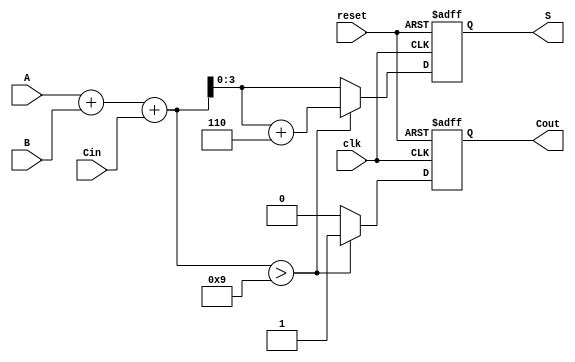
module BCD_Sequential_Adder (
    input wire clk,         // Clock input
    input wire reset,       // Reset input
    input wire [3:0] A,     // First BCD digit
    input wire [3:0] B,     // Second BCD digit
    input wire Cin,         // Carry-in
    output reg [3:0] S,     // BCD result
    output reg Cout         // Carry-out
);

    reg [4:0] sum;          // 5-bit sum to accommodate carry

    always @(posedge clk or posedge reset) begin
        if (reset) begin
            S <= 4'b0000;   // Reset BCD result
            Cout <= 1'b0;   // Reset carry-out
        end else begin
            // Calculate the initial sum
            sum = A + B + Cin;

            // Check if the sum exceeds 9
            if (sum > 9) begin
                sum = sum + 5'b00110; // Add 6 to adjust to valid BCD
                Cout <= 1'b1;          // Set carry-out
            end else begin
                Cout <= 1'b0;          // No carry-out
            end

            // Assign the valid BCD result
            S <= sum[3:0]; // Take the lower 4 bits as the BCD result
        end
    end

endmodule